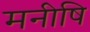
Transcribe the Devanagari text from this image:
मनीषि